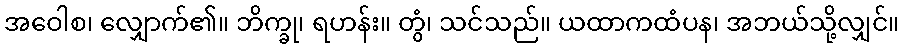
အဝေါစ၊ လျှောက်၏။ ဘိက္ခု၊ ရဟန်း။ တွံ၊ သင်သည်။ ယထာကထံပန၊ အဘယ်သို့လျှင်။